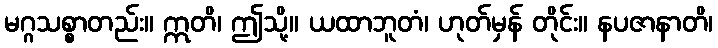
မဂ္ဂသစ္စာတည်း။ ဣတိ၊ ဤသို့။ ယထာဘူတံ၊ ဟုတ်မှန် တိုင်း။ နပဇာနာတိ၊